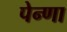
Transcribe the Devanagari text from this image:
पेन्णा